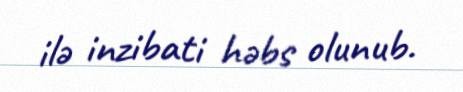
ilə inzibati həbs olunub.